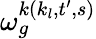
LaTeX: \omega_{g}^{k(k_{l},t^{\prime},s)}